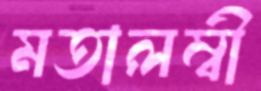
মতালম্বী